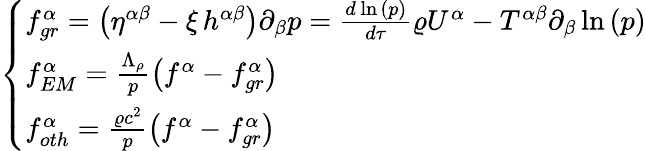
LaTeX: \left\{ \begin{array}{ll}{f_{gr}^{\alpha}=\left(\eta^{\alpha\beta}-\xi\, h^{\alpha\beta}\right)\partial_{\beta}p=\frac{d{\, \ln{(p)}}}{d\tau}\varrho U^{\alpha}-T^{\alpha\beta}\partial_{\beta}\ln{(p)}}\\ {f_{EM}^{\alpha}=\frac{\Lambda_{\rho}}{p}\left(f^{\alpha}-f_{gr}^{\alpha}\right)}\\ {f_{oth}^{\alpha}=\frac{\varrho c^{2}}{p}\left(f^{\alpha}-f_{gr}^{\alpha}\right)}\end{array}\right.